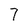
Character: 7